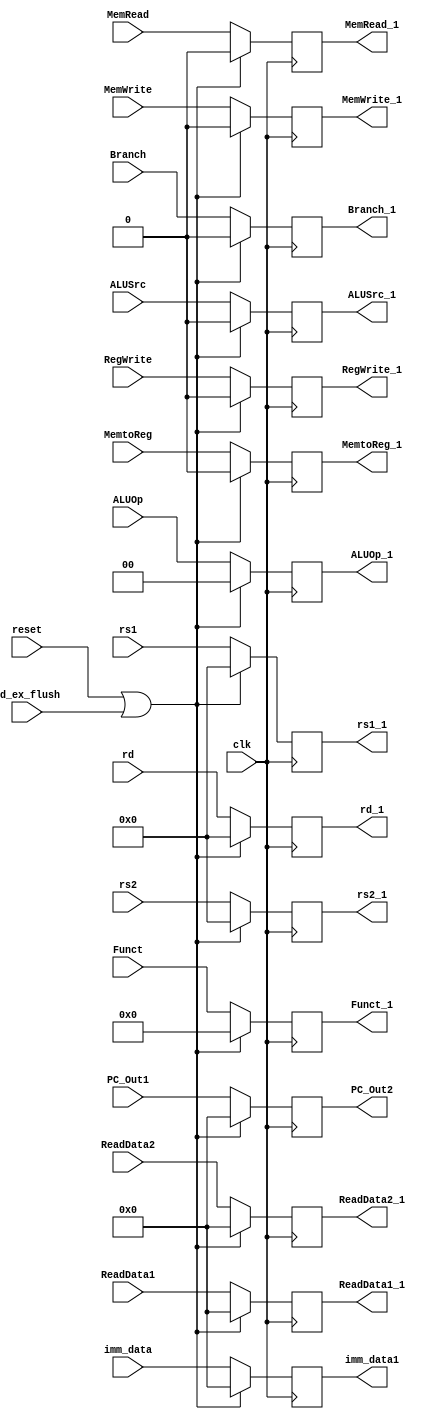
module ID_EX_reg
(	
	input[63:0] PC_Out1, ReadData1, ReadData2, imm_data,
	input[3:0] Funct,
	input[4:0] rs1, rs2, rd,
	input RegWrite, Branch, ALUSrc, MemRead, MemWrite, MemtoReg, 
	input clk, reset, id_ex_flush,
	input[1:0] ALUOp,
	output reg[63:0] PC_Out2, ReadData1_1, ReadData2_1, imm_data1,
	output reg[3:0] Funct_1,
	output reg[4:0] rs1_1, rs2_1, rd_1,
	output reg RegWrite_1, Branch_1, ALUSrc_1, 
	output reg MemRead_1, MemWrite_1, MemtoReg_1,
	output reg[1:0] ALUOp_1

);

	always @ (posedge clk)
	begin
		if (reset || id_ex_flush)
			begin
				PC_Out2 <= 64'd0;
				ReadData1_1 <= 64'd0;
				ReadData2_1 <= 64'd0;
				imm_data1 <= 64'd0;
				Funct_1 <= 4'd0;
				rd_1 <= 5'd0;
				rs1_1 <= 5'd0;
				rs2_1 <= 5'd0;
				RegWrite_1 <= 1'b0;
				Branch_1 <= 1'b0;
				ALUSrc_1 <= 1'b0;
				ALUOp_1 <= 2'b00;
				MemRead_1 <= 1'b0;
				MemWrite_1 <= 1'b0;
				MemtoReg_1 <= 1'b0;
			end
				
		else
			begin
				PC_Out2 <= PC_Out1;
				ReadData1_1 <= ReadData1;
				ReadData2_1 <= ReadData2;
				imm_data1 <= imm_data;
				Funct_1 <= Funct;
				rd_1 <= rd;
				rs1_1 <= rs1;
				rs2_1 <= rs2;
				RegWrite_1 <= RegWrite;
				Branch_1 <= Branch;
				ALUSrc_1 <= ALUSrc;
				ALUOp_1 <= ALUOp;
				MemRead_1 <= MemRead;
				MemWrite_1 <= MemWrite;
				MemtoReg_1 <= MemtoReg;
			end
	end
	
endmodule